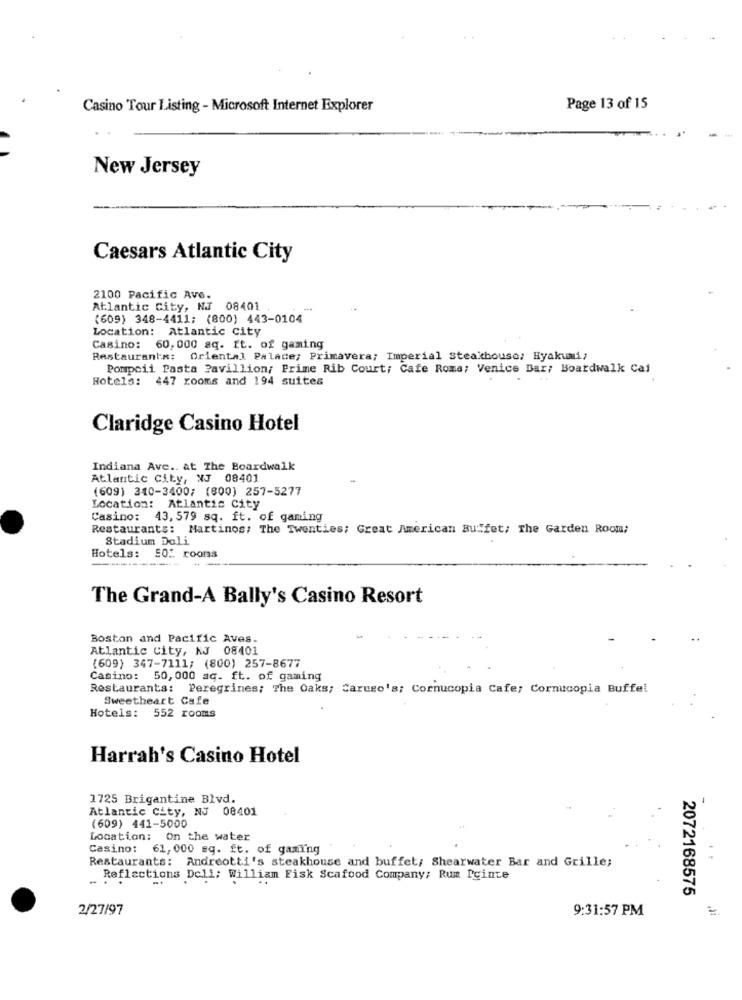
Casino Tour Listing - Microsoft Internet Explorer
Page 13 of 15
New Jersey
Caesars Atlantic City
2100 Pacific Ave.
Atlantic City, NJ 08401
(609) 348-4411; (800) 443-0104
Location: Atlantic City
Casino: 60,000 sq. ft. of gaming
Restaurants: Oriental Palace; Primavera; Imperial Steakhouse; Hyakumi,
Pompeii Pasta Pavillion; Prime Rib Court; Cafe Roma; Venice Bar; Boardwalk Cai
Hotels: 447 rooms and 194 suites
Claridge Casino Hotel
Indiana Ave .. at The Boardwalk
Atlantic City, NJ 08401
(609) 340-3400; (800) 257-5277
Location: Atlantic City
Casino: 43, 579 sq. ft. of gaming
Restaurants: Martinos: The Twenties; Great American Buffet; The Garden Rooma?
Stadium Doli
Hotels: 50: roons
--
The Grand-A Bally's Casino Resort
Boston and Pacific Aves.
Atlantic City, NJ 08401
(609) 347-7111; (800) 257-8677
Casino: 50,000 sq. ft. of gaming
Restaurants: Peregrines; The Oaks; Caruso's; Cornucopia Cafe; Cornucopia Buffel
Sweetheart Cafe
Hotels: 552 rooms
Harrah's Casino Hotel
1725 Brigantine Blvd.
Atlantic City, NJ 08401
-
(609) 441-5000
Location: On the water
Casino: 61,000 sq. ft. of gaming
Restaurants: Andreotti's steakhouse and buffet; Shearwater Bar and Grille;
.
Reflections Dell; William Fisk Scafood Company: Rum Pginte
2072168575
2/27/97
9:31:57 PM